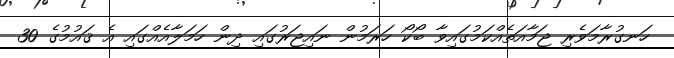
ހަނގުރާމަވެރި ޖަމާއަތެއްކަމުގައިވާ ބޯކޯ ހަރަމުން ނައިޖަރުގައި ދިން ހަމަލާއެއްގައި އެ ޤައުމުގެ 30